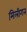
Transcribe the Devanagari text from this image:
मिलीगन